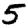
Digit: 5